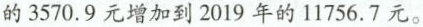
的3570.9元增加到2019年的11756.7元。